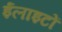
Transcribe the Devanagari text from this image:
ईलाइटों